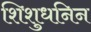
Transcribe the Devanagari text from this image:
शिशुधनिन